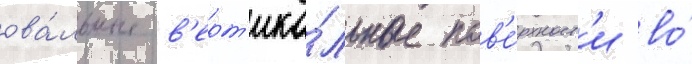
ова́льные в'ерт'ика́льные пов'е́рхност'и во́